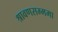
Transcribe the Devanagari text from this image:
श्रावणसम्ममा